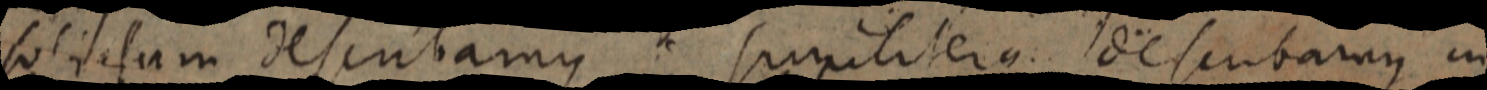
solidum describamus similiterque describamus in